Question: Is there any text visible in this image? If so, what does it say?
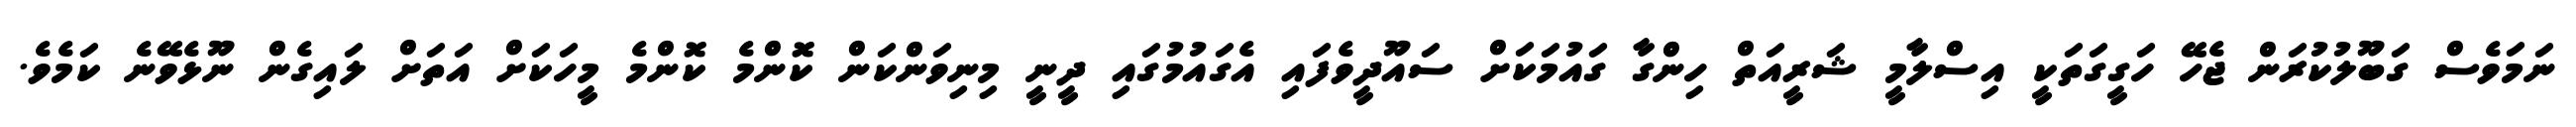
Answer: ނަމަވެސް ގަބޫލުކުރަން ޖެހޭ ހަގީގަތަކީ އިސްލާމީ ޝަރީއަތް ހިންގާ ގައުމަކަށް ސައޫދީވެފައި އެގައުމުގައި ދީނީ މިނިވަންކަން ކޮންމެ ކޮންމެ މީހަކަށް އަތަށް ލައިގެން ނޫޅެވޭނެ ކަމެވެ.